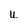
Character: u